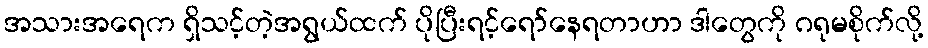
အသားအရေက ရှိသင့်တဲ့အရွယ်ထက် ပိုပြီးရင့်ရော်နေရတာဟာ ဒါတွေကို ဂရုမစိုက်လို့